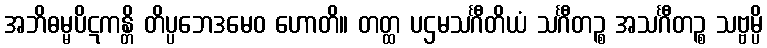
အဘိဓမ္မပိဋကန္တိ တိပ္ပဘေဒမေဝ ဟောတိ။ တတ္ထ ပဌမသင်္ဂီတိယံ သင်္ဂီတဉ္စ အသင်္ဂီတဉ္စ သဗ္ဗမ္ပိ